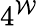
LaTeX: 4^{\mathcal{W}}